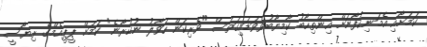
ކަމަށާއި އެމަނިކުފާނަށް އިންތިހާބު ކާމިޔާބުވެވަޑައިގަތަސް "ވެރިކަން ހަވާލު ނުކުރާނެ" ކަމަށް ޕީޕީއެމްގެ ރިޔާސީ